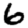
Digit: 6